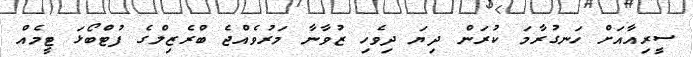
ސީރިއާއަށް ހަނގުރާމަ ކުރަން ދިޔަ ދިވެހި ޒުވާނާ މަރުވެއްޖެ ބްރެޒިލްގެ ފުޓްބޯޅަ ޓީމެއް